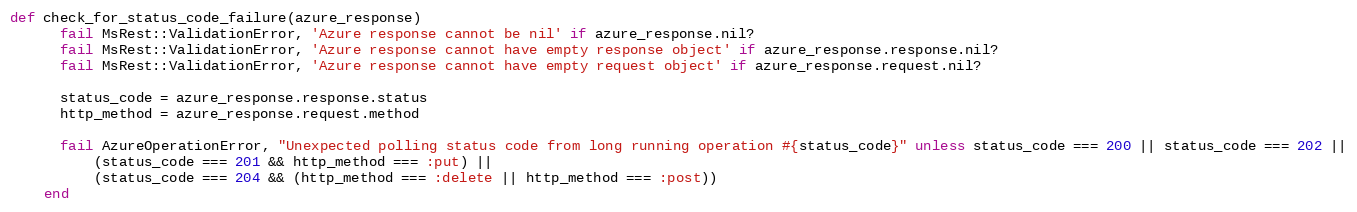
Language: Ruby
def check_for_status_code_failure(azure_response)
      fail MsRest::ValidationError, 'Azure response cannot be nil' if azure_response.nil?
      fail MsRest::ValidationError, 'Azure response cannot have empty response object' if azure_response.response.nil?
      fail MsRest::ValidationError, 'Azure response cannot have empty request object' if azure_response.request.nil?

      status_code = azure_response.response.status
      http_method = azure_response.request.method

      fail AzureOperationError, "Unexpected polling status code from long running operation #{status_code}" unless status_code === 200 || status_code === 202 ||
          (status_code === 201 && http_method === :put) ||
          (status_code === 204 && (http_method === :delete || http_method === :post))
    end